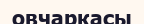
овчаркасы